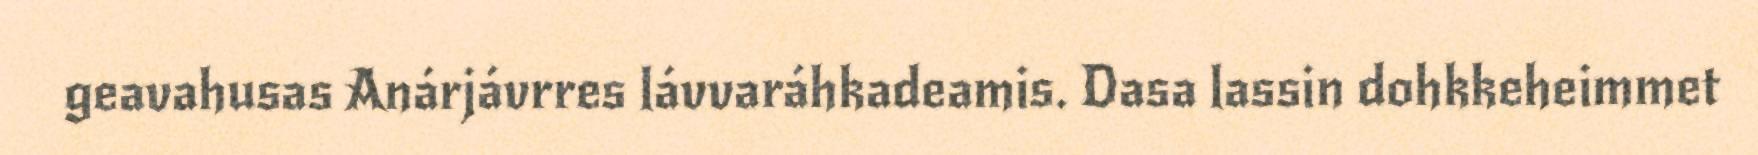
geavahusas Anárjávrres lávvaráhkadeamis. Dasa lassin dohkkeheimmet